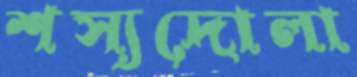
শস্যদোলা